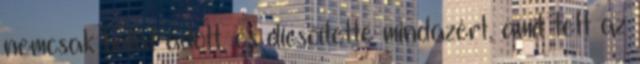
nemcsak hálát adott, és dicsőítette mindazért, amit tett az